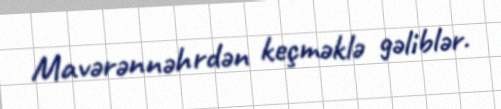
Mavərənnəhrdən keçməklə gəliblər.